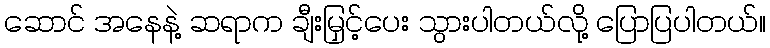
ဆောင် အနေနဲ့ ဆရာက ချီးမြှင့်ပေး သွားပါတယ်လို့ ပြောပြပါတယ်။